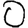
Digit: 0